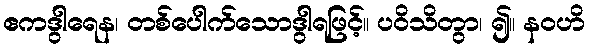
ဧကဒွါရေန၊ တစ်ပေါက်သောဒွါရဖြင့်။ ပဝိသိတွာ၊ ၍။ နဝဟိ